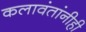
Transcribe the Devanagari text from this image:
कलावंतांनीही